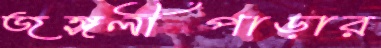
জঙ্গলীপাড়ার